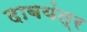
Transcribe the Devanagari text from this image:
दाबयंत्र